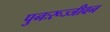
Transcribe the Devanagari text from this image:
पुनःरूज्जीवन